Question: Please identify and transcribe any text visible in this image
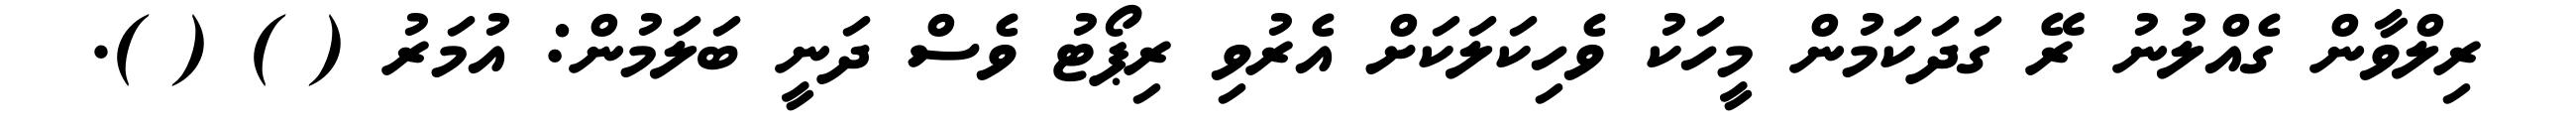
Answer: ރިލްވާން ގެއްލުނު ރޭ ގަދަކަމުން މީހަކު ވެހިކަލަކަށް އެރުވި ރިޕޯޓު ވެސް ދަނީ ބަލަމުން: އުމަރު ( ) ( ).